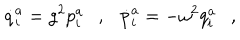
LaTeX: \dot { q } _ { i } ^ { a } = g ^ { 2 } p _ { i } ^ { a } \ \ \ , \ \ \ \dot { p } _ { i } ^ { a } = - \omega ^ { 2 } q _ { i } ^ { a } \ \ \ ,